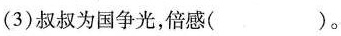
(3)叔叔为国争光，倍感( )。